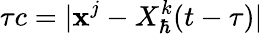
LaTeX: \tau c=\vert\textbf{x}^{j}-X_{\hbar}^{k}(t-\tau)\vert